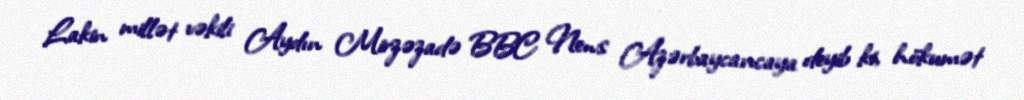
Lakin millət vəkili Aydın Mirzəzadə BBC News Azərbaycancaya deyib ki, hökumət